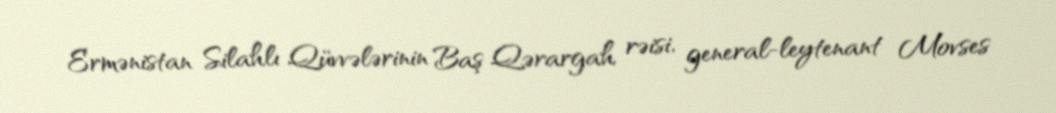
Ermənistan Silahlı Qüvvələrinin Baş Qərargah rəisi, general-leytenant Movses